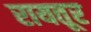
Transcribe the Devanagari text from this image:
रायतूर